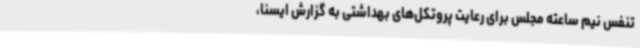
تنفس نیم ساعته مجلس برای رعایت پروتکل‌های بهداشتی به گزارش ایسنا،